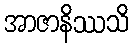
အာဇာနိဿသိ